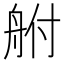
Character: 䑧